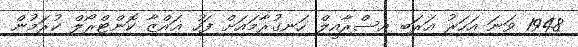
1948 ވަނަ އަހަރު އަރަބި އިސްރާއީލް ހަނގުރާމައަށް ފަހު ޣައްޒާ ކޮންޓްރޯލް ކުރަމުން